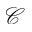
\mathcal { C }